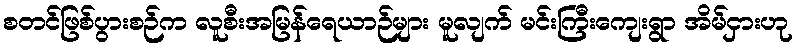
စတင်ဖြစ်ပွားစဉ်က လူစီးအမြန်ရေယာဉ်များ မူလျက် မင်းကြီးကျေးရွာ အိမ်ငှားဟု